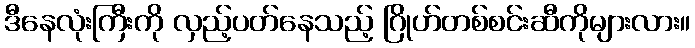
ဒီနေလုံးကြီးကို လှည့်ပတ်နေသည့် ဂြိုဟ်တစ်စင်းဆီကိုများလား။